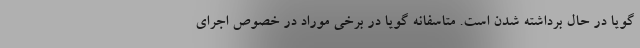
گویا در حال برداشته شدن است. متاسفانه گویا در برخی موراد در خصوص اجرای